Vaccine operations Central Provinces 1868-1885 - 1868-1885
Year: 1868
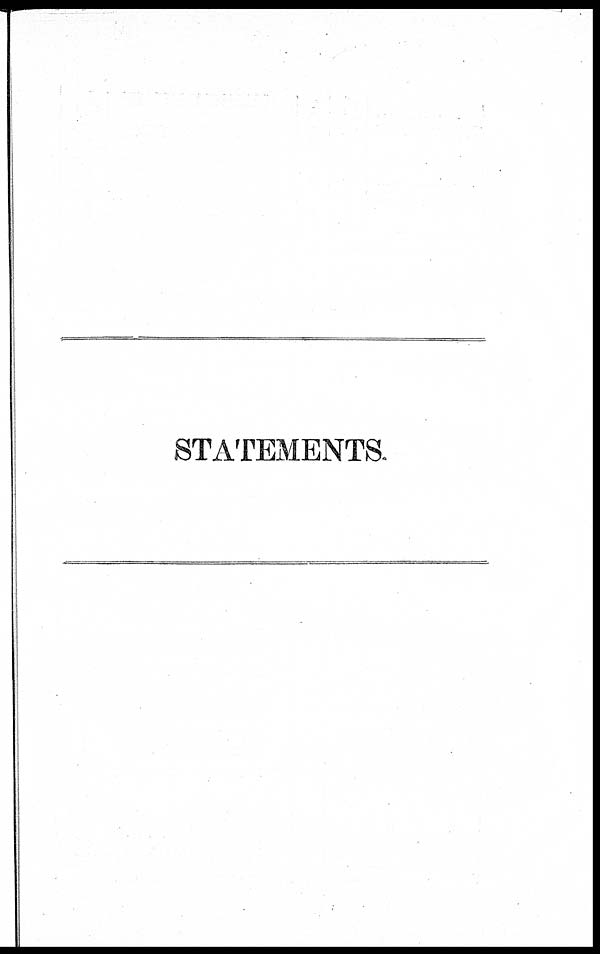
STATEMENTS.